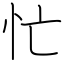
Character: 忙